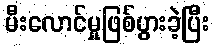
မီးလောင်မှုဖြစ်ပွားခဲ့ပြီး